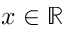
x \in \mathbb R